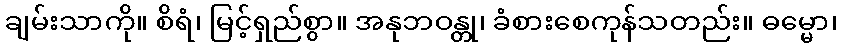
ချမ်းသာကို။ စိရံ၊ မြင့်ရှည်စွာ။ အနုဘဝန္တု၊ ခံစားစေကုန်သတည်း။ ဓမ္မော၊